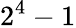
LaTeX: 2^{4}-1